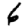
Digit: 6